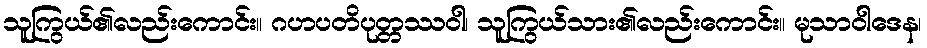
သူကြွယ်၏လည်းကောင်း။ ဂဟပတိပုတ္တဿဝါ၊ သူကြွယ်သား၏လည်းကောင်း။ မုသာဝါဒေန၊